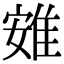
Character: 𨾶